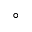
^ { \circ }